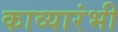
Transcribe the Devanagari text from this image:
काव्यारंभी